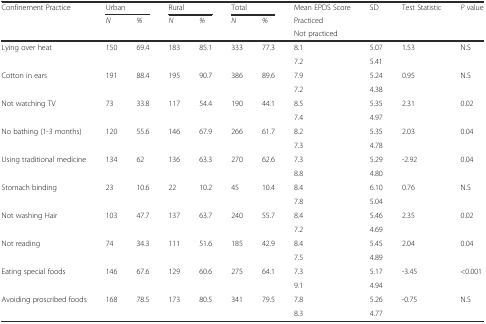
<table><thead><tr><td><b>Confinement Practice</b></td><td colspan="2"><b>Urban</b></td><td colspan="2"><b>Rural</b></td><td colspan="2"><b>Total</b></td><td><b>Mean EPDS Score</b></td><td><b>SD</b></td><td><b>Test Statistic</b></td><td><b><i>P</i> value</b></td></tr><tr><td rowspan="2"></td><td rowspan="2"><b><i>N</i></b></td><td rowspan="2"><b><i>%</i></b></td><td rowspan="2"><b><i>N</i></b></td><td rowspan="2"><b><i>%</i></b></td><td rowspan="2"><b><i>N</i></b></td><td rowspan="2"><b><i>%</i></b></td><td><b>Practiced</b></td><td></td><td></td><td></td></tr><tr><td><b>Not practiced</b></td><td></td><td></td><td></td></tr></thead><tbody><tr><td rowspan="2">Lying over heat</td><td rowspan="2">150</td><td rowspan="2">69.4</td><td rowspan="2">183</td><td rowspan="2">85.1</td><td rowspan="2">333</td><td rowspan="2">77.3</td><td>8.1</td><td>5.07</td><td>1.53</td><td>N.S</td></tr><tr><td>7.2</td><td>5.41</td><td></td><td></td></tr><tr><td rowspan="2">Cotton in ears</td><td rowspan="2">191</td><td rowspan="2">88.4</td><td rowspan="2">195</td><td rowspan="2">90.7</td><td rowspan="2">386</td><td rowspan="2">89.6</td><td>7.9</td><td>5.24</td><td>0.95</td><td>N.S</td></tr><tr><td>7.2</td><td>4.38</td><td></td><td></td></tr><tr><td rowspan="2">Not watching TV</td><td rowspan="2">73</td><td rowspan="2">33.8</td><td rowspan="2">117</td><td rowspan="2">54.4</td><td rowspan="2">190</td><td rowspan="2">44.1</td><td>8.5</td><td>5.35</td><td>2.31</td><td>0.02</td></tr><tr><td>7.4</td><td>4.97</td><td></td><td></td></tr><tr><td rowspan="2">No bathing (1-3 months)</td><td rowspan="2">120</td><td rowspan="2">55.6</td><td rowspan="2">146</td><td rowspan="2">67.9</td><td rowspan="2">266</td><td rowspan="2">61.7</td><td>8.2</td><td>5.35</td><td>2.03</td><td>0.04</td></tr><tr><td>7.3</td><td>4.78</td><td></td><td></td></tr><tr><td rowspan="2">Using traditional medicine</td><td rowspan="2">134</td><td rowspan="2">62</td><td rowspan="2">136</td><td rowspan="2">63.3</td><td rowspan="2">270</td><td rowspan="2">62.6</td><td>7.3</td><td>5.29</td><td>-2.92</td><td>0.04</td></tr><tr><td>8.8</td><td>4.80</td><td></td><td></td></tr><tr><td rowspan="2">Stomach binding</td><td rowspan="2">23</td><td rowspan="2">10.6</td><td rowspan="2">22</td><td rowspan="2">10.2</td><td rowspan="2">45</td><td rowspan="2">10.4</td><td>8.4</td><td>6.10</td><td>0.76</td><td>N.S</td></tr><tr><td>7.8</td><td>5.04</td><td></td><td></td></tr><tr><td rowspan="2">Not washing Hair</td><td rowspan="2">103</td><td rowspan="2">47.7</td><td rowspan="2">137</td><td rowspan="2">63.7</td><td rowspan="2">240</td><td rowspan="2">55.7</td><td>8.4</td><td>5.46</td><td>2.35</td><td>0.02</td></tr><tr><td>7.2</td><td>4.69</td><td></td><td></td></tr><tr><td rowspan="2">Not reading</td><td rowspan="2">74</td><td rowspan="2">34.3</td><td rowspan="2">111</td><td rowspan="2">51.6</td><td rowspan="2">185</td><td rowspan="2">42.9</td><td>8.4</td><td>5.45</td><td>2.04</td><td>0.04</td></tr><tr><td>7.5</td><td>4.89</td><td></td><td></td></tr><tr><td rowspan="2">Eating special foods</td><td rowspan="2">146</td><td rowspan="2">67.6</td><td rowspan="2">129</td><td rowspan="2">60.6</td><td rowspan="2">275</td><td rowspan="2">64.1</td><td>7.3</td><td>5.17</td><td>-3.45</td><td>&lt;0.001</td></tr><tr><td>9.1</td><td>4.94</td><td></td><td></td></tr><tr><td rowspan="2">Avoiding proscribed foods</td><td rowspan="2">168</td><td rowspan="2">78.5</td><td rowspan="2">173</td><td rowspan="2">80.5</td><td rowspan="2">341</td><td rowspan="2">79.5</td><td>7.8</td><td>5.26</td><td>-0.75</td><td>N.S</td></tr><tr><td>8.3</td><td>4.77</td><td></td><td></td></tr></tbody></table>